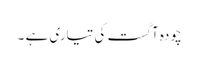
چودہ آگست کی تیاری ہے ۔